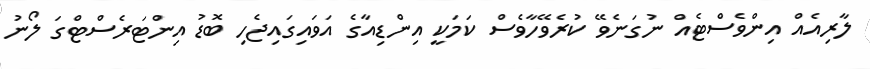
ލާރިއެއް އިންވެސްޓެއް ނުގަނެވޭ ކުރެވޭހާވެސް ކަމަކީ އިންޑިއާގެ އަވައިގައިޖެހި ބޮޑު އިންޓަރެސްޓްގަ ލޯނު